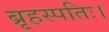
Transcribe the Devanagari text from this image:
ब्रृहस्पतिः।